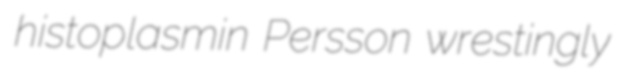
histoplasmin Persson wrestingly